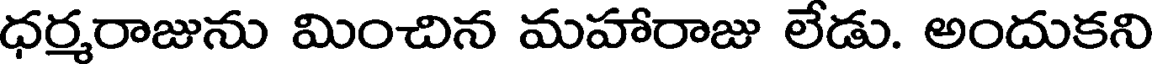
ధర్మరాజును మించిన మహారాజు లేడు. అందుకని